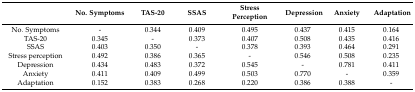
|  | No. Symptoms | TAS-20 | SSAS | Stress Perception | Depression | Anxiety | Adaptation |
 | --- | --- | --- | --- | --- | --- | --- | --- |
 | No. Symptoms | - | 0.344 | 0.409 | 0.495 | 0.437 | 0.415 | 0.164 |
 | TAS-20 | 0.345 | - | 0.373 | 0.407 | 0.508 | 0.435 | 0.416 |
 | SSAS | 0.403 | 0.350 | - | 0.378 | 0.393 | 0.464 | 0.291 |
 | Stress perception | 0.492 | 0.386 | 0.365 | - | 0.546 | 0.508 | 0.235 |
 | Depression | 0.434 | 0.483 | 0.372 | 0.545 | - | 0.781 | 0.411 |
 | Anxiety | 0.411 | 0.409 | 0.499 | 0.503 | 0.770 | - | 0.359 |
 | Adaptation | 0.152 | 0.383 | 0.268 | 0.220 | 0.386 | 0.388 | - |